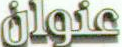
jlgie